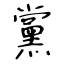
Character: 黨